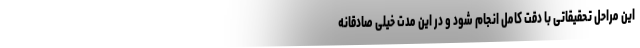
این مراحل تحقیقاتی با دقت کامل انجام شود و در این مدت خیلی صادقانه